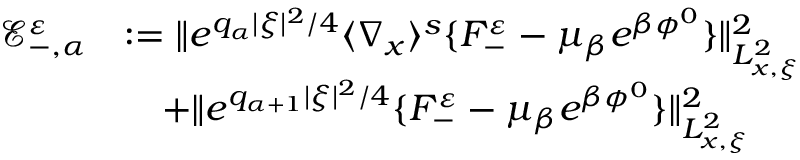
\begin{array} { r l } { \mathscr E _ { - , \alpha } ^ { \varepsilon } } & { : = \| e ^ { q _ { \alpha } | \xi | ^ { 2 } / 4 } \langle \nabla _ { x } \rangle ^ { s } \{ F _ { - } ^ { \varepsilon } - \mu _ { \beta } e ^ { \beta \phi ^ { 0 } } \} \| _ { L _ { x , \xi } ^ { 2 } } ^ { 2 } } \\ & { \quad + \| e ^ { q _ { \alpha + 1 } | \xi | ^ { 2 } / 4 } \{ F _ { - } ^ { \varepsilon } - \mu _ { \beta } e ^ { \beta \phi ^ { 0 } } \} \| _ { L _ { x , \xi } ^ { 2 } } ^ { 2 } } \end{array}